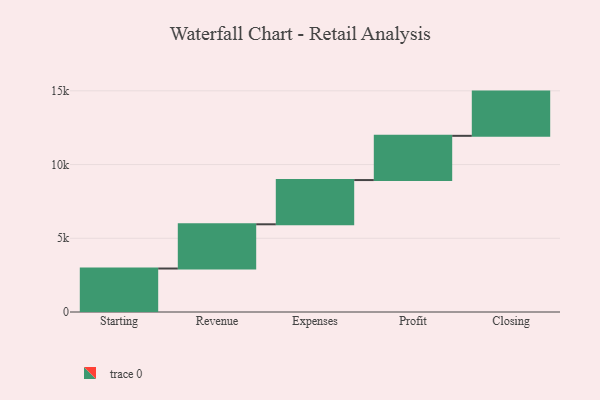
{"axis": {"x": "Step", "y": "Value"}, "legend": [""], "data": [{"x": "Starting", "y": 2949.0, "type": ""}, {"x": "Revenue", "y": 3000, "type": ""}, {"x": "Expenses", "y": 3000, "type": ""}, {"x": "Profit", "y": 3000, "type": ""}, {"x": "Closing", "y": 3000, "type": ""}]}